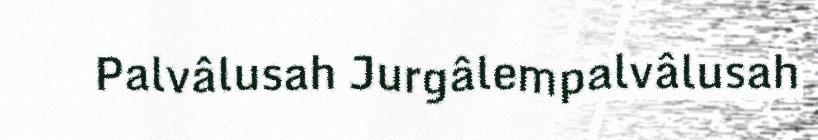
Palvâlusah Jurgâlempalvâlusah